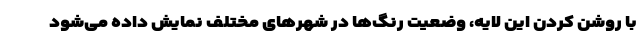
با روشن کردن این لایه، وضعیت رنگ‌ها در شهرهای مختلف نمایش داده می‌شود